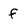
Character: f